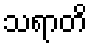
သရာတိ